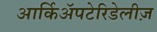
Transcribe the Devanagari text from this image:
आर्किॲपटेरिडेलीज़